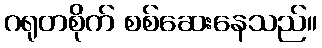
ဂရုတစိုက် စစ်ဆေးနေသည်။